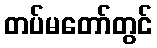
တပ်မတော်တွင်